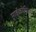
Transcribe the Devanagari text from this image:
माईक्रोफिल्म